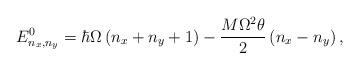
LaTeX: \begin{align*}E^0_{n_x,n_y}= \hbar \Omega\left(n_x+n_y+1\right)-\frac{M\Omega^{2}\theta}{2}\left(n_x-n_y\right),\end{align*}